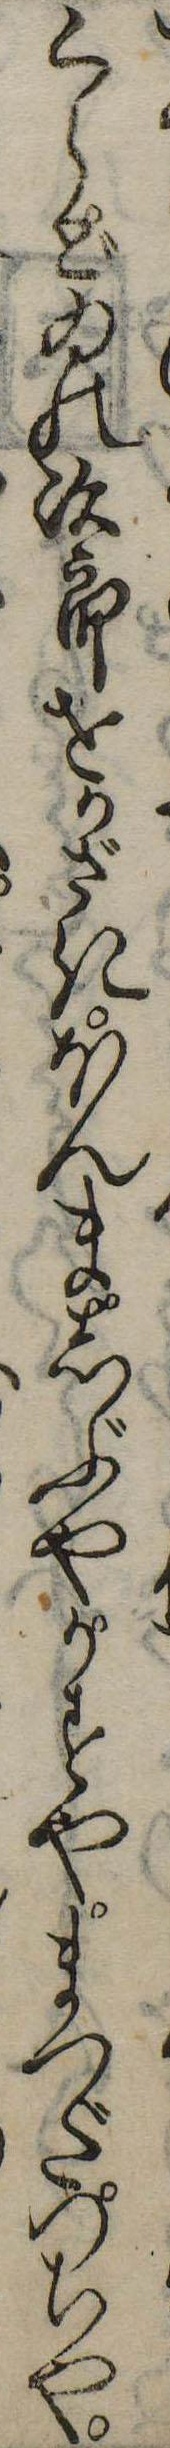
くらどゐの次郎をかざきほんましぶやかすやまつだつちや